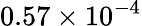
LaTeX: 0.57\times 10^{-4}